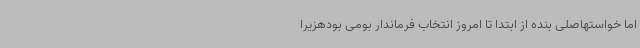
اما خواستهاصلی بنده از ابتدا تا امروز انتخاب فرماندار بومی بودهزیرا